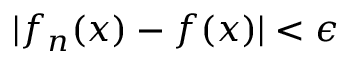
| f _ { n } ( x ) - f ( x ) | < \epsilon